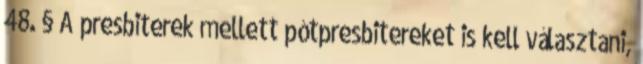
48. § A presbiterek mellett pótpresbitereket is kell választani,